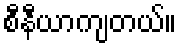
စီနီယာကျတယ်။